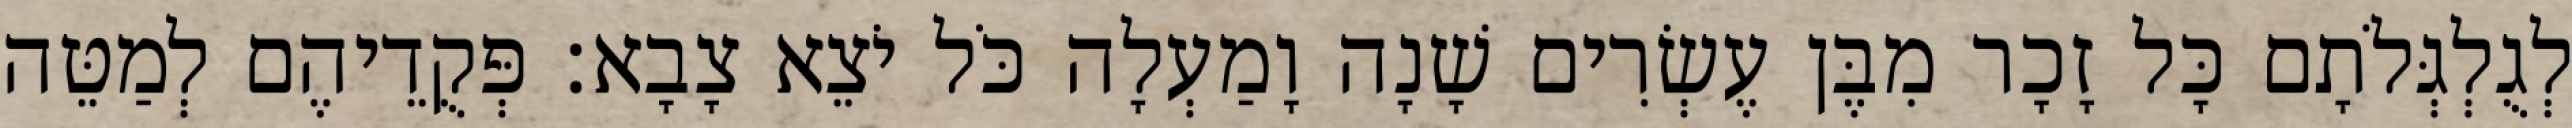
לְגֻלְגְּלֹתָם כָּל זָכָר מִבֶּן עֶשְׂרִים שָׁנָה וָמַעְלָה כֹּל יֹצֵא צָבָא׃ פְּקֻדֵיהֶם לְמַטֵּה